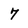
Character: 7